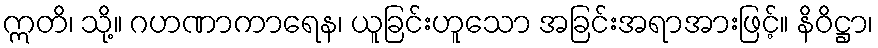
ဣတိ၊ သို့။ ဂဟဏာကာရေန၊ ယူခြင်းဟူသော အခြင်းအရာအားဖြင့်။ နိဝိဋ္ဌာ၊